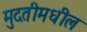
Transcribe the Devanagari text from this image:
मुदतीमधील